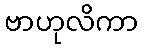
ဗာဟုလိကာ